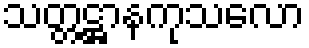
သတ္တဋ္ဌာနကုသလော